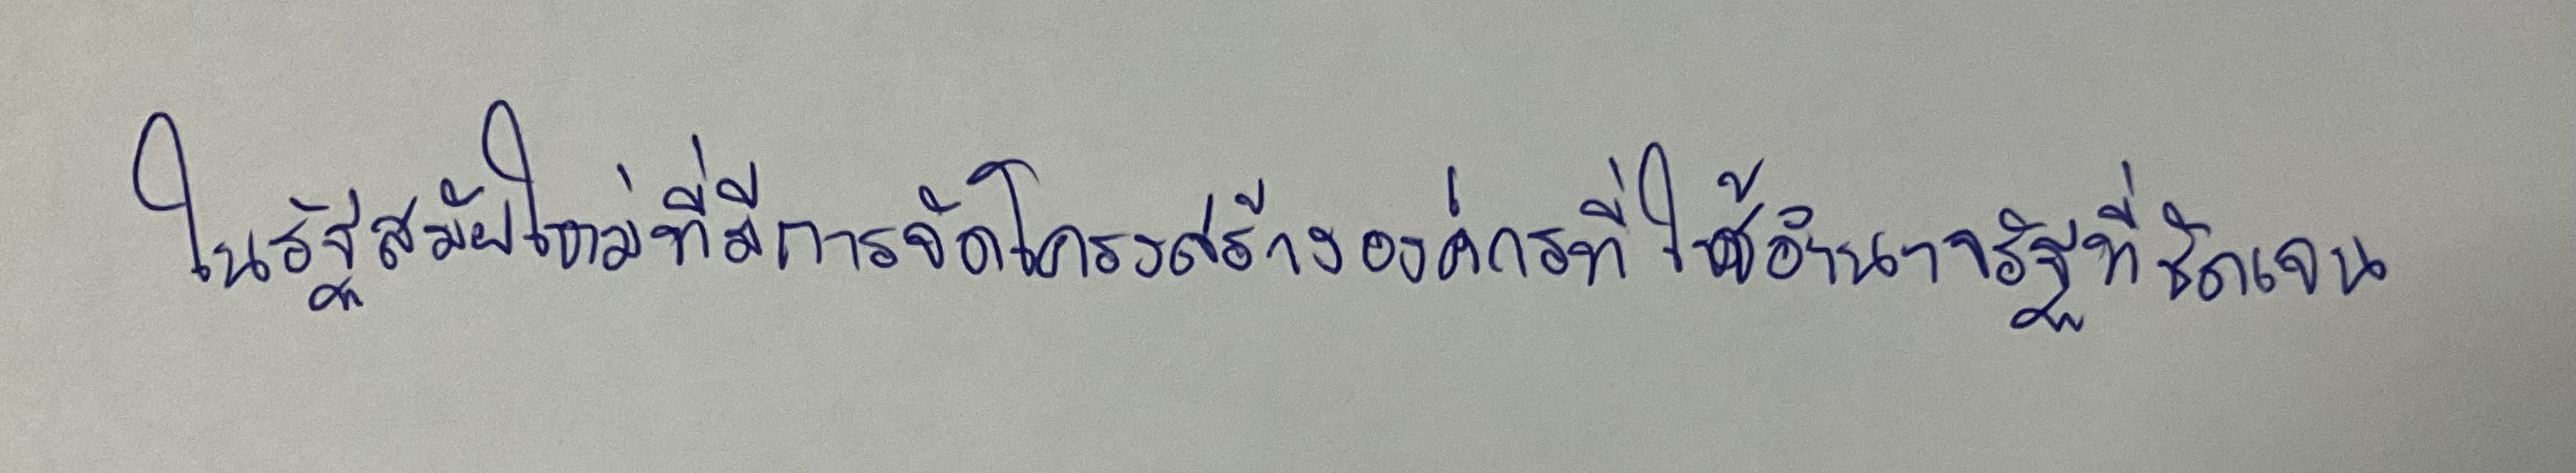
ในรัฐสมัยใหม่ที่มีการจัดโครงสร้างองค์กรที่ใช้อำนาจรัฐที่ชัดเจน